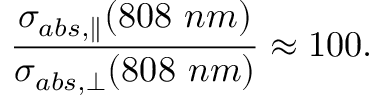
\frac { \sigma _ { a b s , \parallel } ( 8 0 8 \ n m ) } { \sigma _ { a b s , \perp } ( 8 0 8 \ n m ) } \approx 1 0 0 .